画像に写った文字を読んでください
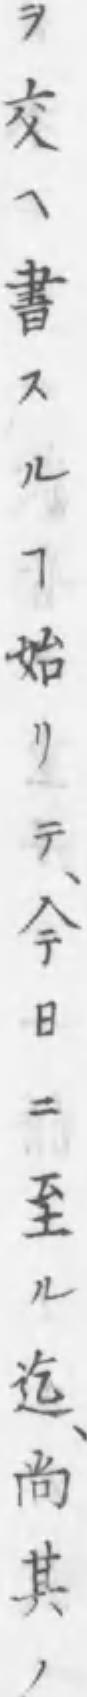
「ヲ交ヘ書スルヿ始リテ、今日ニ至ル迄、尚其ノ」と書いてあります